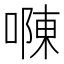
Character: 𠼂